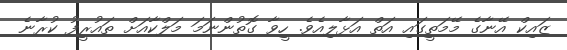
ޒައިކް އޭނާގެ މޭމަތީގައި އަތް އަޅާލިއެވެ. ހީވާ ގޮތުންނަމަ މަލްކާއަށް ތައުރީފު ކުރާނެ